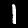
Digit: 1